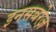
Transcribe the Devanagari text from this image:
इनसबरेज़